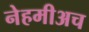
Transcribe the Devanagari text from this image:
नेहमीअच